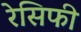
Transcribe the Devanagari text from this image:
रेसिफी